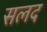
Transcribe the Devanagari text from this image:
सलद